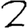
Digit: 2